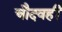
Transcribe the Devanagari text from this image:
चौदवहीं